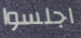
اجلسوا